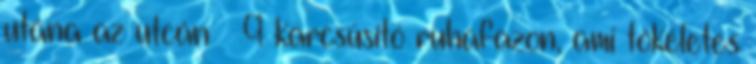
utána az utcán » 9 karcsúsító ruhafazon, ami tökéletes